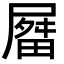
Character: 𫵤